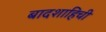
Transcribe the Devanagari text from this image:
बादशाहिची